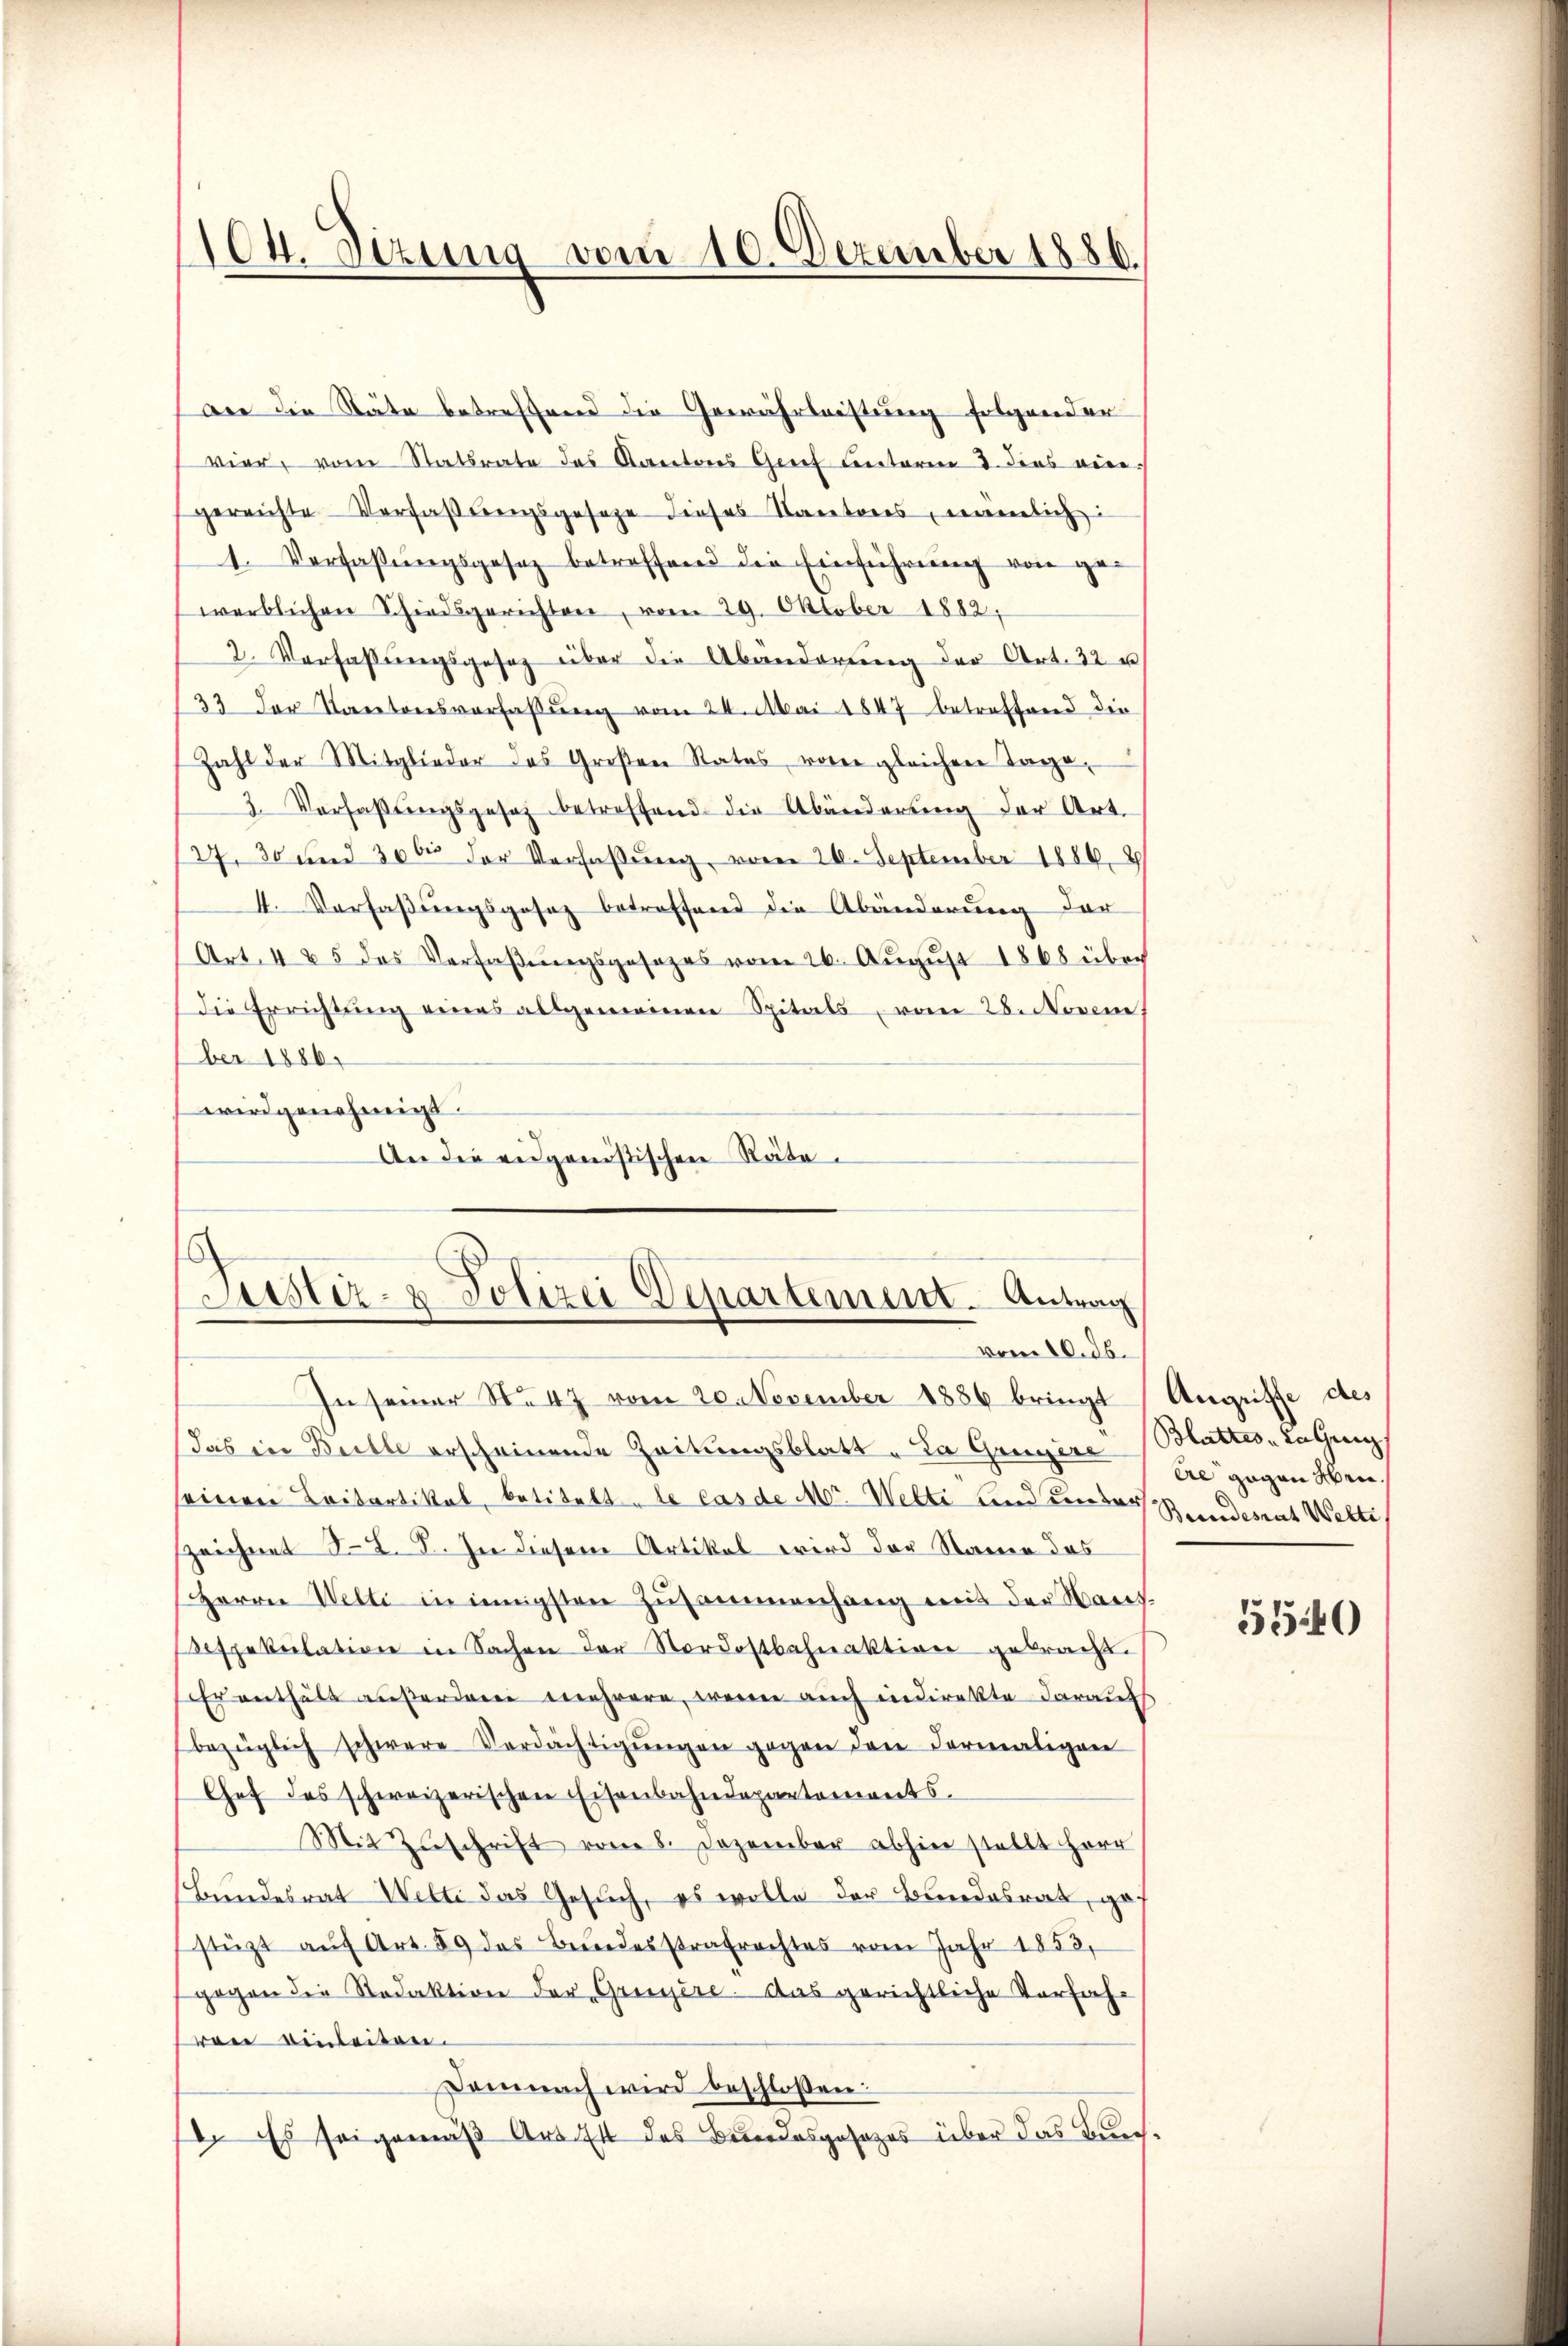
104. Dizung vom 10. Dezember 1886.

wie die Stäte betreffend die Gewährleistung folgender
vier, vom Statsrate des Kantons Grief unterm 3. dies viergereichte Verfaβŭngsgesetze dieses Kantores, nämlich:
1. Verfaßungsgesez betreffend die Einführung von gewerblichen Schiedsgerichten, vom 29. Oktober 1882,
2. Verfassŭngsgesetz über die Abänderŭng der Art. 32 u
33 der Kantonsverfaßung vom 24. Mai 1847 betreffend die
Zahl der Mitglieder des Großen Rates vorer gleichen Tage,
2. Verfaßungsgesetz betreffend die Abänderung der Art.
27. 30 und 300 der Verfassung vom 20. September 1886. 8
4. Verfaßungsgesez betreffend die Abänderung der
Art. 425 des Verfaβŭngsgesezes vom 26. Aŭgŭst 1868 übri
Die Errichtŭng eines allgemeinen Spitals vom 28. Novem
ber 1886.
wird genehmigt.
An die eidgenößischen Räte¬

Justiz- & Polizei Departement. Antrag
vom 10. d.
In seiner No 47 vom 20. November 1886 bringt

Das in Bille erscheinende Zeitungsblatt „La Grunere Blattes Tagung
seinen Laibartikal, betitelt le cas de Mr. Welti und under Stundesrat Welti,
zeichnet S. L. S. In diesem Artikal wird der Name das
Herrn Wetti in innigsten Zusammenhang mit der Wares-
espekulation in Sachen der Nordostbahnaktion gebracht.
Er enthält außerden mehrere, wenn auch indirekte daraufs
bezüglich schwere Verdächtigŭngen gegen den dermaligen
Chef des schweizerischen Eisenbahndepartements.
Mit Zuschrift vom 8. Dezember abhin stellt Herr
Bundesrat Welti das Gesuch, es wolle der Bundesrat, gef
stüzt aŭf Art. 59 des Beidesstrafrechtes vom Jahr 1858,
gegen die Redaktion der Gruyère. Das gerichtliche Vorfahon einleiten.
Demnach wird beschloßen:
2. Es sei gemäß Art. 74 des Bundesgesezes über das Buch¬

Angriffe des
ere gegen aben.

5540